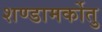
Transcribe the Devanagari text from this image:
शण्डामर्कोतु